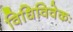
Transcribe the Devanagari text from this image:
विधिविवेकः